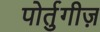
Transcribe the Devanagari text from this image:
पोर्तुगीज़